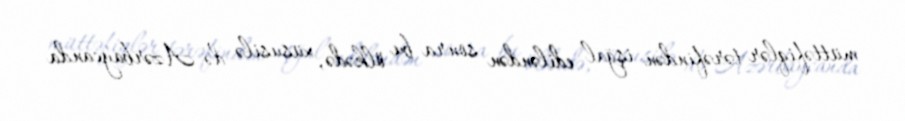
müttəfiqlər tərəfindən işğal ediləndən sonra bu ölkədə, xüsusilə də Azərbaycanda